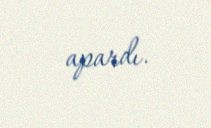
apardı.